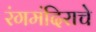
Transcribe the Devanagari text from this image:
रंगमंदिराचे